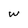
Character: w